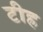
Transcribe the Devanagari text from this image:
टीह